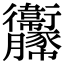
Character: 𧲞